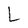
Character: L